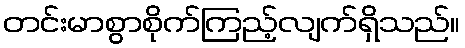
တင်းမာစွာစိုက်ကြည့်လျက်ရှိသည်။